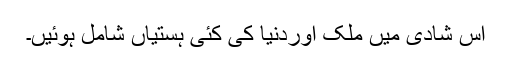
اس شادی میں ملک اوردنیا کی کئی ہستیاں شامل ہوئیں۔